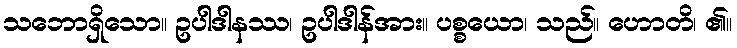
သဘောရှိသော။ ဥပါဒါနဿ၊ ဥပါဒါန်အား။ ပစ္စယော၊ သည်။ ဟောတိ၊ ၏။